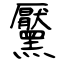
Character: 黶